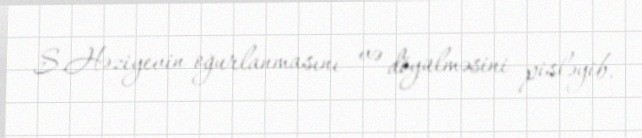
S.Həziyevin oğurlanmasını və döyülməsini pisləyib.